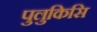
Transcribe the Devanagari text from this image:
पुलुकिसि